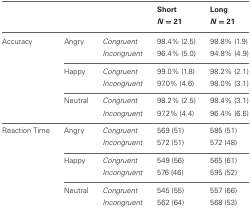
| <COLSPAN=3>  | Short N = 21 | Long N = 21 |
 | --- | --- | --- | --- | --- |
 | Accuracy | Angry | Congruent | 98.4% (2.5) | 98.8% (1.9) |
 |  |  | Incongruent | 96.4% (5.0) | 94.8% (4.9) |
 |  | Happy | Congruent | 99.0% (1.8) | 98.2% (2.1) |
 |  |  | Incongruent | 97.0% (4.6) | 98.0% (3.1) |
 |  | Neutral | Congruent | 98.2% (2.5) | 98.4% (3.1) |
 |  |  | Incongruent | 97.2% (4.4) | 96.4% (6.6) |
 | Reaction Time | Angry | Congruent | 569 (51) | 585 (51) |
 |  |  | Incongruent | 572 (51) | 572 (48) |
 |  | Happy | Congruent | 549 (56) | 565 (61) |
 |  |  | Incongruent | 576 (46) | 595 (52) |
 |  | Neutral | Congruent | 545 (55) | 557 (66) |
 |  |  | Incongruent | 562 (64) | 568 (53) |